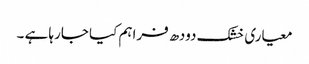
معیاری خشک دودھ فراہم کیا جارہا ہے ۔